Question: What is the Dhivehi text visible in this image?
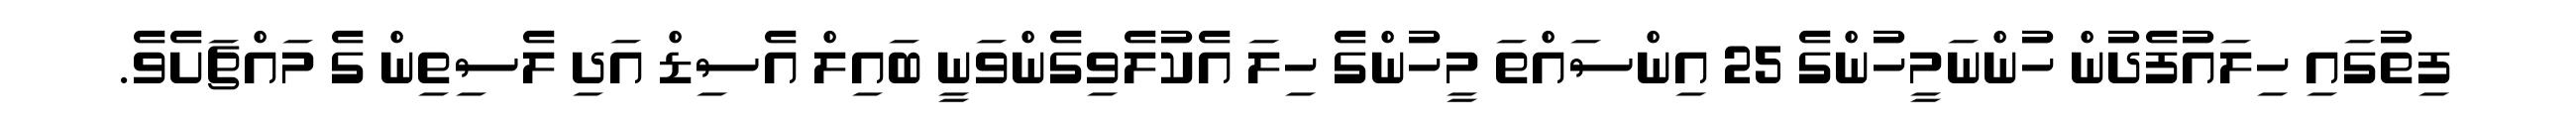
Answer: ފިތުގައި ހިލައުފެދުން ހުންނަމީހުންގެ 25 އިންސައްތަ މީހުންގެ ހިލަ އެކުލެވިގެންވަނީ ބައިލް އެސިޑް އަދި ލެސިތިން ގެ މައްޗަށެވެ.